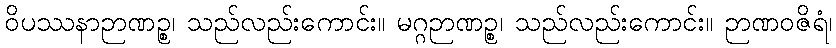
ဝိပဿနာဉာဏဉ္စ၊ သည်လည်းကောင်း။ မဂ္ဂဉာဏဉ္စ၊ သည်လည်းကောင်း။ ဉာဏဝဇိရံ၊